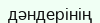
дәндерінің